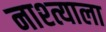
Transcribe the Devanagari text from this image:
नाश्त्याला